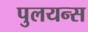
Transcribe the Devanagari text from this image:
पुलयन्स